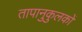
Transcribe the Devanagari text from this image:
तापानुकुलकों